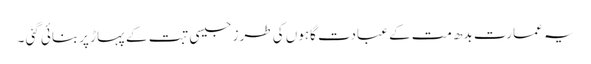
یہ عمارت بدھ مت کے عبادت گاہوں کی طرز جیسی تبت کے پہاڑ پربنائی گئی ۔